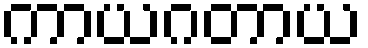
ကာယဂတာယ